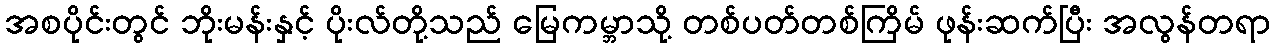
အစပိုင်းတွင် ဘိုးမန်းနှင့် ပိုးလ်တို့သည် မြေကမ္ဘာသို့ တစ်ပတ်တစ်ကြိမ် ဖုန်းဆက်ပြီး အလွန်တရာ